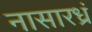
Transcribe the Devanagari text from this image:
नासारध्रं